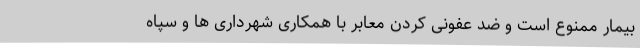
بیمار ممنوع است و ضد عفونی کردن معابر با همکاری شهرداری ها و سپاه